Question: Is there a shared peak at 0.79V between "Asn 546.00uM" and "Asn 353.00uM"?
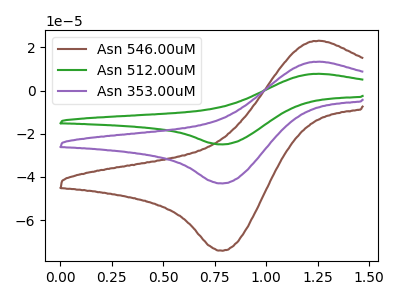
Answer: <think>The brown curve "Asn 546.00uM" has an anodic peak at (1.25V, 23.05uA) and a cathodic peak at (0.80V, -74.15uA). The green curve "Asn 512.00uM" has an anodic peak at (1.25V, 26.75uA) and a cathodic peak at (0.80V, -85.95uA). The purple curve "Asn 353.00uM" has an anodic peak at (1.25V, 13.35uA) and a cathodic peak at (0.80V, -43.00uA).</think>
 <answer>Yes, "Asn 546.00uM" and "Asn 353.00uM" share a peak at 0.79V.</answer>
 <eval>match</eval>